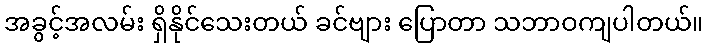
အခွင့်အလမ်း ရှိနိုင်သေးတယ် ခင်ဗျား ပြောတာ သဘာဝကျပါတယ်။